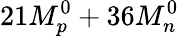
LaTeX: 21M_{p}^{0}+36M_{n}^{0}